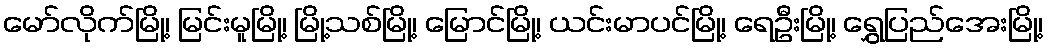
မော်လိုက်မြို့၊ မြင်းမူမြို့၊ မြို့သစ်မြို့၊ မြောင်မြို့၊ ယင်းမာပင်မြို့၊ ရေဦးမြို့၊ ရွှေပြည်အေးမြို့၊